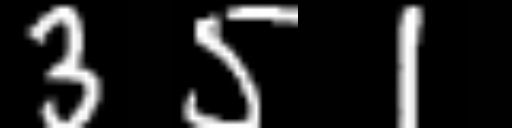
Text: 351